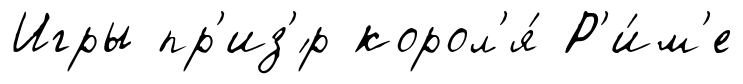
Игры пр'из'́р корол'я́ Р'и́м'е